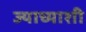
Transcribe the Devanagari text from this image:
ज्याच्याशी